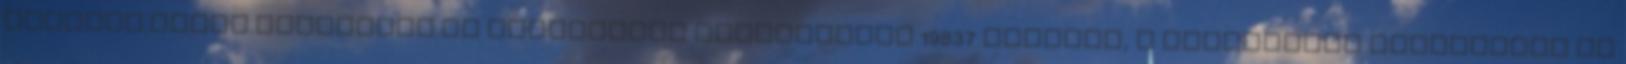
gergely.kukac.citromail.hu elfogadott hozzászólás 19837 Állomás, a kiállított gőzmozdony és